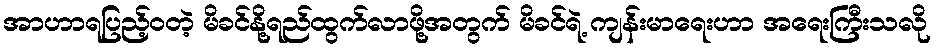
အာဟာရပြည့်ဝတဲ့ မိခင်နို့ရည်ထွက်လာဖို့အတွက် မိခင်ရဲ့ ကျန်းမာရေးဟာ အရေးကြီးသလို